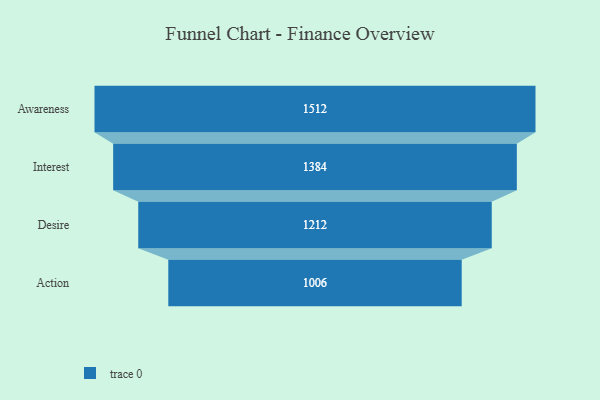
{"axis": {"x": "Stage", "y": "Value"}, "legend": [""], "data": [{"x": "Awareness", "y": 1512.0, "type": ""}, {"x": "Interest", "y": 1384.0, "type": ""}, {"x": "Desire", "y": 1212.0, "type": ""}, {"x": "Action", "y": 1006.0, "type": ""}]}